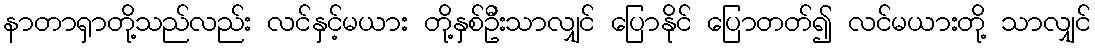
နာတာရှာတို့သည်လည်း လင်နှင့်မယား တို့နှစ်ဦးသာလျှင် ပြောနိုင် ပြောတတ်၍ လင်မယားတို့ သာလျှင်